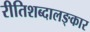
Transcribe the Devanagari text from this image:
रीतिशब्दालङ्कार